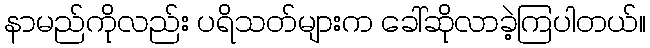
နာမည်ကိုလည်း ပရိသတ်များက ခေါ်ဆိုလာခဲ့ကြပါတယ်။